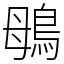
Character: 䳇